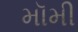
મૉમી